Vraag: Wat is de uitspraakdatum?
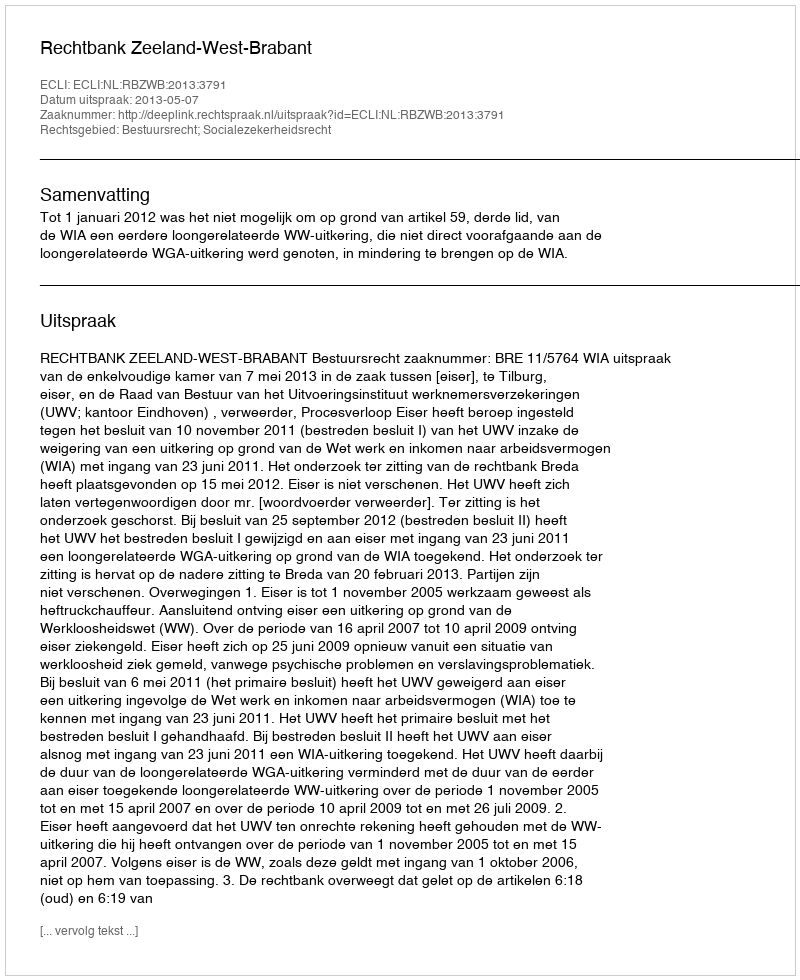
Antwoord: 2013-05-07